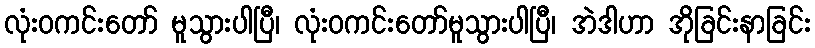
လုံးဝကင်းတော် မူသွားပါပြီ၊ လုံးဝကင်းတော်မူသွားပါပြီ၊ အဲဒါဟာ အိုခြင်းနာခြင်း